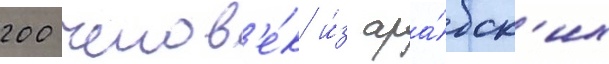
200 челов'е́к и́з ара́бск'их